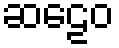
ဆဠေဝ